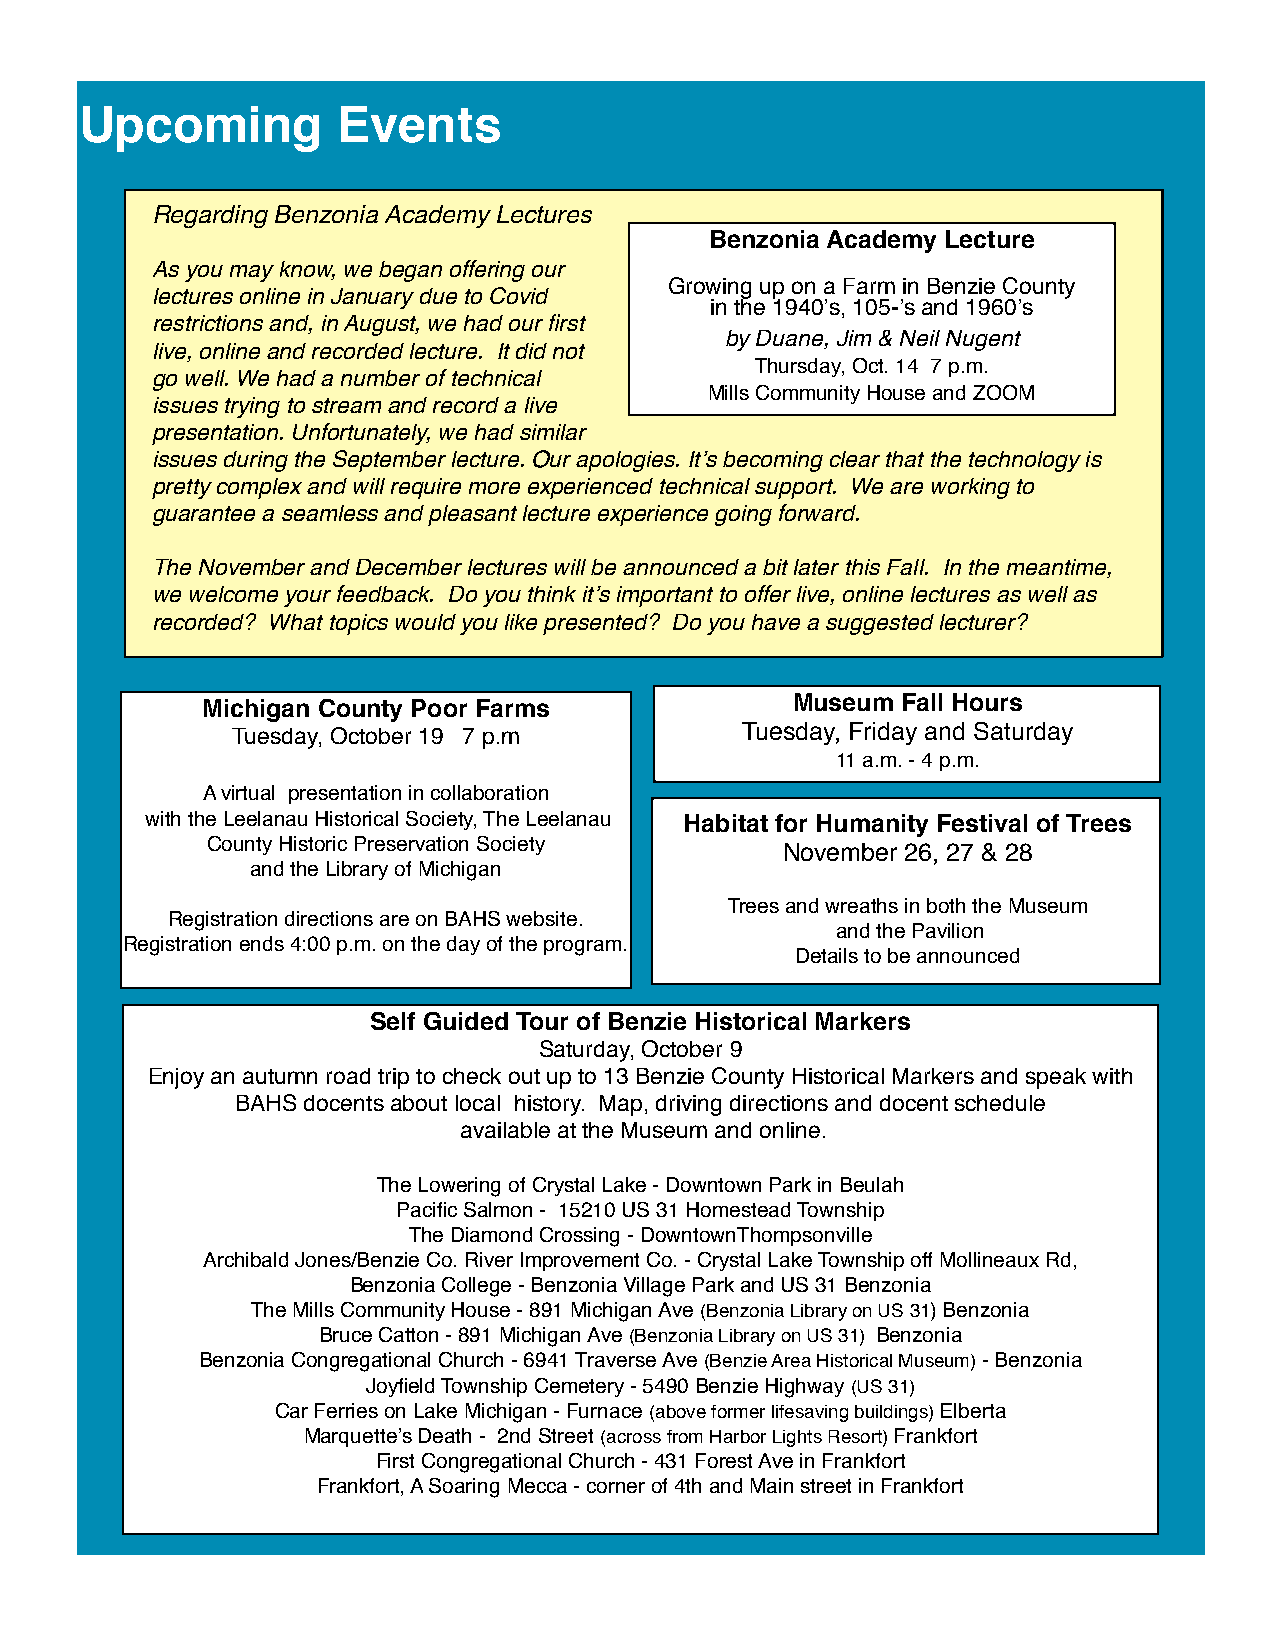
Upcoming         Events
 Regarding Benzonia Academy Lectures
 Benzonia Academy Lecture
 As you may know, we began offering our
 Growing up on a Farm in Benzie County
 lectures online in January due to Covid
 in the 1940ʼs, 105-ʼs and 1960ʼs
 restrictions and, in August, we had our first
 by Duane, Jim & Neil Nugent
 live, online and recorded lecture. It did not
 Thursday, Oct. 14 7 p.m.
 go well. We had a number of technical
 Mills Community House and ZOOM
 issues trying to stream and record a live
 presentation. Unfortunately, we had similar
 issues during the September lecture. Our apologies. Itʼs becoming clear that the technology is
 pretty complex and will require more experienced technical support. We are working to
 guarantee a seamless and pleasant lecture experience going forward.
 The November and December lectures will be announced a bit later this Fall. In the meantime,
 we welcome your feedback. Do you think itʼs important to offer live, online lectures as well as
 recorded? What topics would you like presented? Do you have a suggested lecturer?
 Michigan County Poor Farms             Museum  Fall Hours
 Tuesday, October 19 7 p.m         Tuesday, Friday and Saturday
 11 a.m. - 4 p.m.
 A virtual presentation in collaboration
 with the Leelanau Historical Society, The Leelanau Habitat for Humanity Festival of Trees
 County Historic Preservation Society
 November 26, 27 & 28
 and the Library of Michigan
 Trees and wreaths in both the Museum
 Registration directions are on BAHS website.
 and the Pavilion
 Registration ends 4:00 p.m. on the day of the program.
 Details to be announced
 Self Guided Tour of Benzie Historical Markers
 Saturday, October 9
 Enjoy an autumn road trip to check out up to 13 Benzie County Historical Markers and speak with
 BAHS docents about local history. Map, driving directions and docent schedule
 available at the Museum and online.
 The Lowering of Crystal Lake - Downtown Park in Beulah
 Pacific Salmon - 15210 US 31 Homestead Township
 The Diamond Crossing - DowntownThompsonville
 Archibald Jones/Benzie Co. River Improvement Co. - Crystal Lake Township off Mollineaux Rd,
 Benzonia College - Benzonia Village Park and US 31 Benzonia
 The Mills Community House - 891 Michigan Ave (Benzonia Library on US 31) Benzonia
 Bruce Catton - 891 Michigan Ave (Benzonia Library on US 31) Benzonia
 Benzonia Congregational Church - 6941 Traverse Ave (Benzie Area Historical Museum) - Benzonia
 Joyfield Township Cemetery - 5490 Benzie Highway (US 31)
 Car Ferries on Lake Michigan - Furnace (above former lifesaving buildings) Elberta
 Marquetteʼs Death - 2nd Street (across from Harbor Lights Resort) Frankfort
 First Congregational Church - 431 Forest Ave in Frankfort
 Frankfort, A Soaring Mecca - corner of 4th and Main street in Frankfort